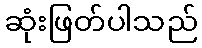
ဆုံးဖြတ်ပါသည်